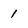
Character: 1